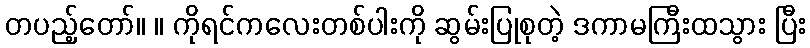
တပည့်တော်။ ။ ကိုရင်ကလေးတစ်ပါးကို ဆွမ်းပြုစုတဲ့ ဒကာမကြီးထသွား ပြီး